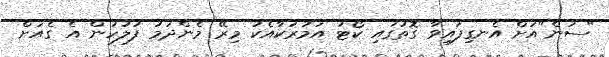
"ސަން"އަށް އެނގިފައިވާ ގޮތުގައި ކޯޓު އަމުރަކާއެކު މިރޭ މެންދަމު ފުލުހުން އެ ގެއަށް